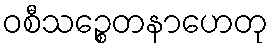
ဝစီသဉ္စေတနာဟေတု